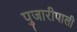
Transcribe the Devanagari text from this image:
पुजारीपाली